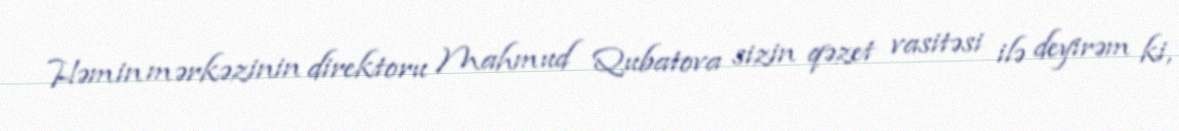
Həmin mərkəzinin direktoru Mahmud Qubatova sizin qəzet vasitəsi ilə deyirəm ki,